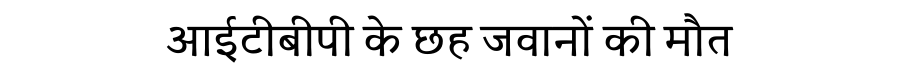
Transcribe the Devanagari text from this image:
आईटीबीपी के छह जवानों की मौत